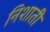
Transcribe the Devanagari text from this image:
निशाती